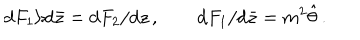
\mathrm { d } F _ { 1 } / \mathrm { d } \bar { z } = \mathrm { d } F _ { 2 } / \mathrm { d } z \, , \qquad \mathrm { d } F _ { 1 } / \mathrm { d } \bar { z } = m ^ { 2 } \hat { \theta } \, .